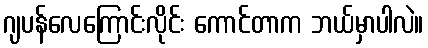
ဂျပန်လေကြောင်းလိုင်း ကောင်တာက ဘယ်မှာပါလဲ။